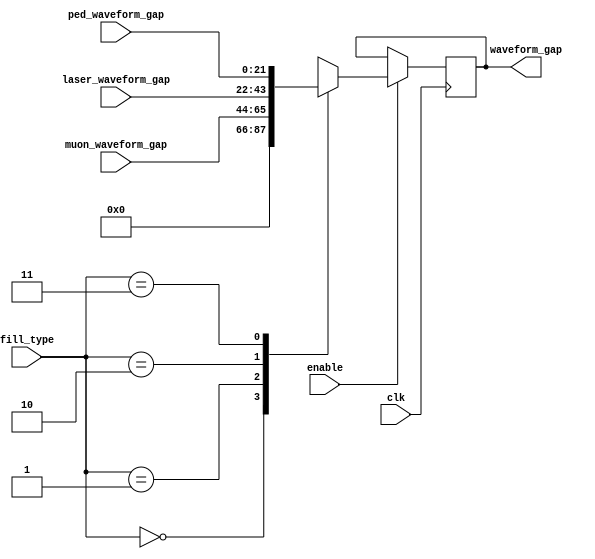
`timescale 1ns / 1ps

///////////////////////////////////////////////////////////////////////////////////////////////////
// connect a mux that will provide the waveform gap as sepecified by the fill type.
// the output will be the number of 8 (or 10) sample bursts
module adc_waveform_gap_mux(
    // inputs
    input [1:0] fill_type,            // to determine how much data to collect
    input [21:0] muon_waveform_gap,		// idle time between waveforms 
    input [21:0] laser_waveform_gap,	// idle time between waveforms 
    input [21:0] ped_waveform_gap,		// idle time between waveforms 
    input clk,
    input enable,
    // outputs
    output reg [21:0] waveform_gap		// idle time between waveforms 
);

always @(posedge clk) begin
    if (enable) begin
        case (fill_type[1:0])
            2'b00  : begin
                        waveform_gap[21:0] <= 22'h00000;
                     end
            2'b01  : begin
                        waveform_gap[21:0] <= muon_waveform_gap[21:0];
                     end
            2'b10  : begin
                        waveform_gap[21:0] <= laser_waveform_gap[21:0];
                     end
            2'b11  : begin
                        waveform_gap[21:0] <= ped_waveform_gap[21:0];
                    end
		endcase
    end
end                  
endmodule